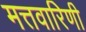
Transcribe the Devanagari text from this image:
मत्तवारिणी